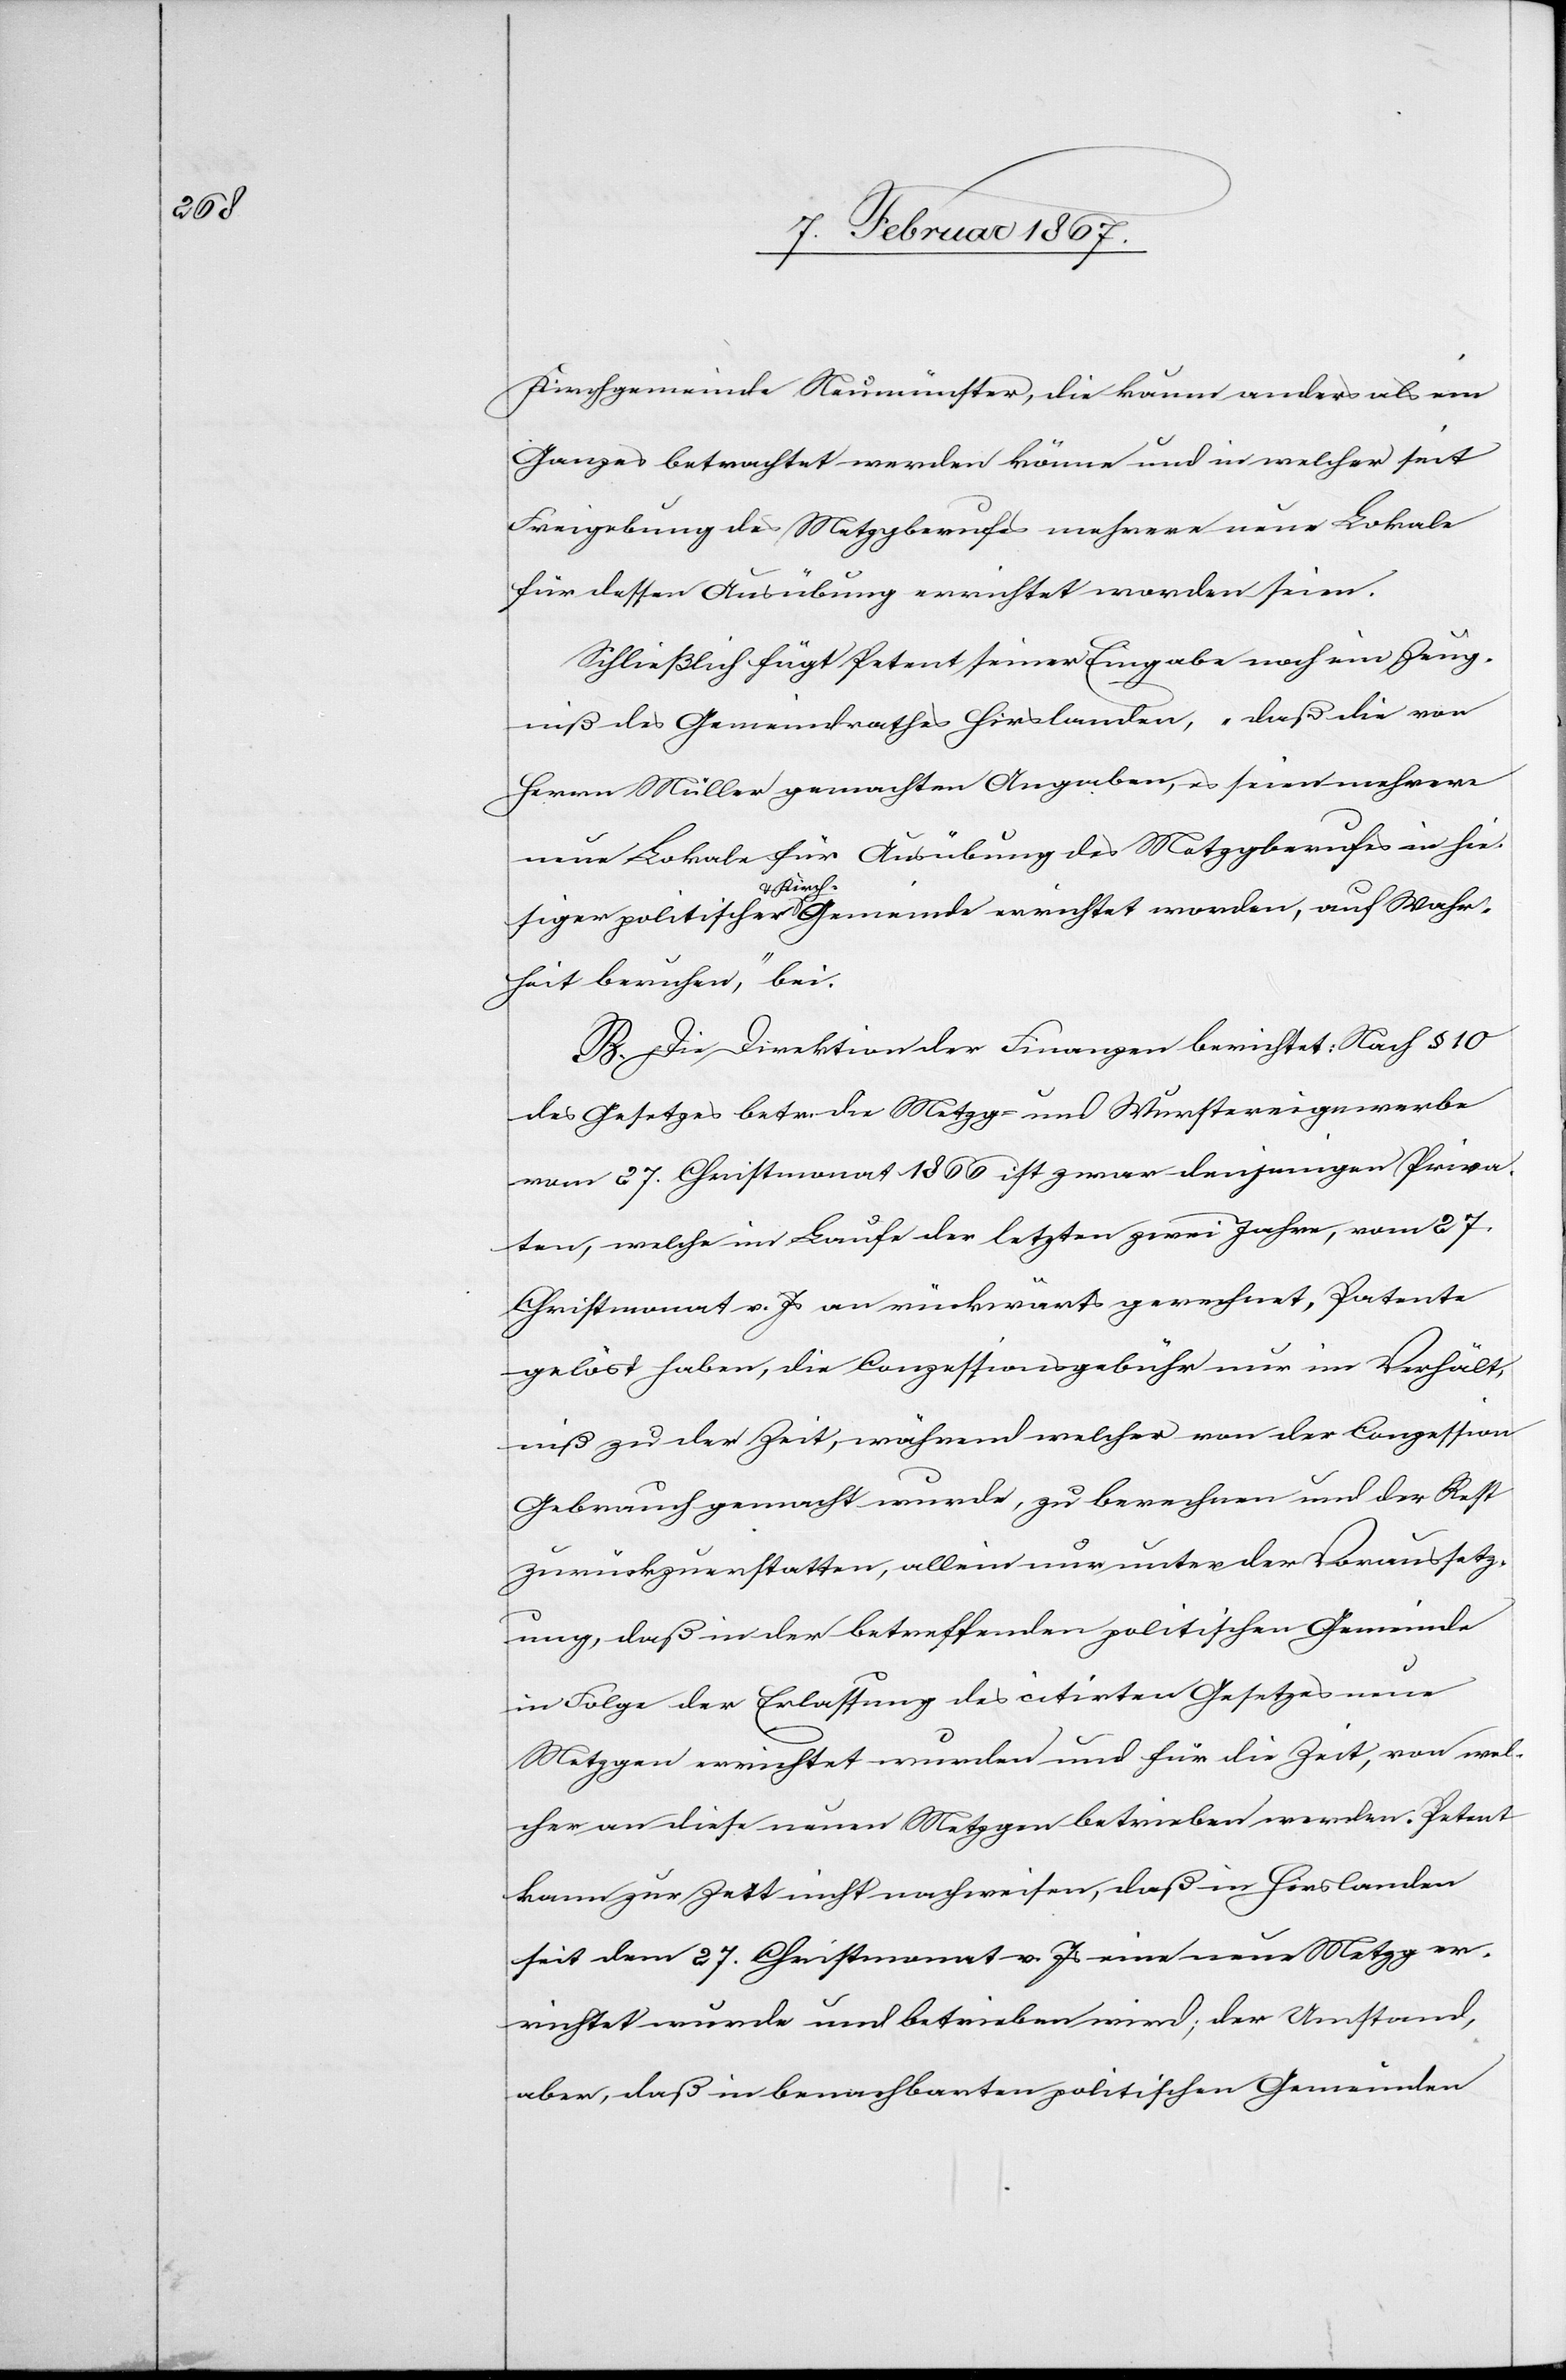
Kirchgemeinde Neumünster, die kaum anders als ein
Ganzes betrachtet werden könne und in welcher seit
Freigebung des Metzgberufes mehrere neue Lokale
für dessen Ausübung errichtet worden seien.
Schließlich fügt Petent seiner Eingabe noch ein Zeug¬
niß des Gemeindrathes Hirslanden, „daß die von
Herrn Müller gemachten Angaben, es seien mehrere
neue Lokale für Ausübung des Metzgberufes in hie¬
siger politischer Kirchgemeinde errichtet worden, auf Wahr¬
heit beruhen,“ bei.
B. Die Direktion der Finanzen berichtet: Nach § 10
des Gesetzes betr. die Metzg- und Wurstereigewerbe
vom 27. Christmonat 1866 ist zwar denjenigen Priva¬
ten, welche im Lauf der letzten zwei Jahre, vom 27.
Christmonat v. Js an rückwärts gerechnet, Patente
gelöst haben, die Conzessionsgebühr nur im Verhält¬
niß zu der Zeit, während welcher von der Conzession
Gebrauch gemacht wurde, zu berechnen und der Rest
zurückzuerstatten, allein nur unter der Voraussetz¬
ung, daß in der betreffenden politischen Gemeinde
in Folge der Erlassung des citirten Gesetzes neue
Metzgen errichtet wurden und für die Zeit, von wel¬
cher an diese neuen Metzgen betrieben werden. Petent
kann zu Zeit nicht nachweisen, daß in Hirslanden
seit dem 27. Christmonat v. Js eine neuen Metzg er¬
richtet wurde und betrieben wird; der Umstand,
aber daß in benachbarten politischen Gemeinden